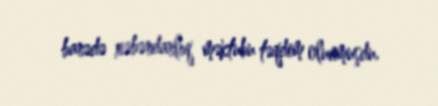
barədə xəbərdarlıq məktubu təqdim olunmuşdu.